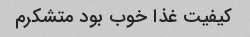
کیفیت غذا خوب بود متشکرم